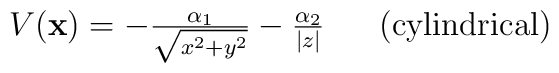
\begin{array}{c}V({\bf x}) = - {\alpha_1 \over \sqrt {x^2 + y^2}} - {\alpha_2 \over |z|}$ \space \space \space \space (cylindrical) $\end{array}\nonumber